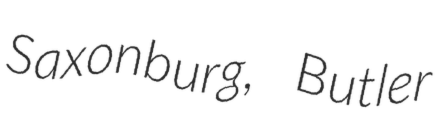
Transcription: Saxonburg, Butler